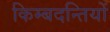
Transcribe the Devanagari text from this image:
किम्बदन्तियों